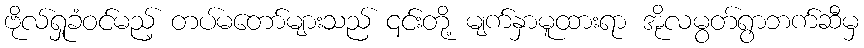
ဗိုလ်ရှုခံဝင်မည့် တပ်မတော်များသည် ၎င်းတို့ မျက်နှာမူထားရာ အိုလမွတ်ရွာဘက်ဆီမှ